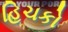
હિચકો